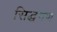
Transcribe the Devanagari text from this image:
सिद्धगण